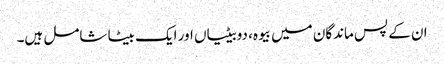
ان کے پس ماندگان میں بیوہ، دوبیٹیاں اور ایک بیٹا شامل ہیں۔